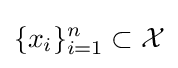
\{x_{i}\}_{i=1}^{n}\subset {\mathcal {X}}